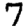
Digit: 7